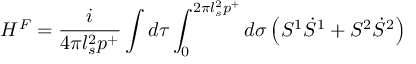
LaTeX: H ^ { F } = \frac { i } { 4 \pi l _ { s } ^ { 2 } p ^ { + } } \int d \tau \int _ { 0 } ^ { 2 \pi l _ { s } ^ { 2 } p ^ { + } } d \sigma \left( S ^ { 1 } \dot { S } ^ { 1 } + S ^ { 2 } \dot { S } ^ { 2 } \right)